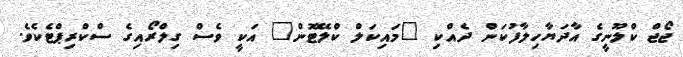
ޖޯޖް ކްލޫނީގެ އާދަޔާހިލާފުކަން ދެއްކި "މައިކަލް ކްލޭޓޮން" އަކީ ވެސް ގިލްރޯއިގެ ސްކްރިޕްޓެކެވެ.